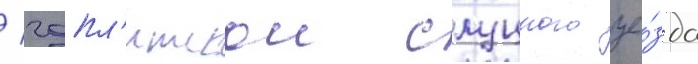
/ чапл'итскои слуцкого уе́зда